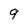
Character: 9